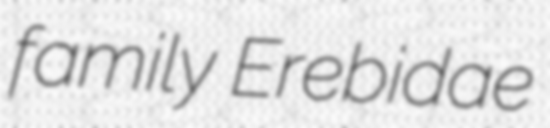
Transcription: family Erebidae